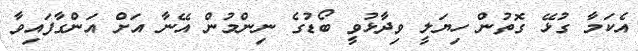
އެކަމާ ގުޅޭ ގޮތުން ހިޔަލީ ވިދާޅުވީ ބޯޑުގެ ނިންމުން އޭނާ އަށް އަންގާފައިވާ